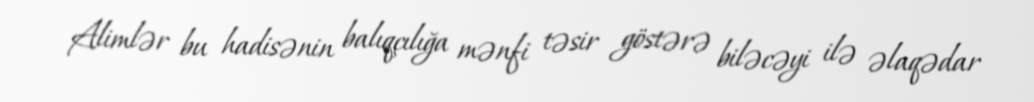
Alimlər bu hadisənin balıqçılığa mənfi təsir göstərə biləcəyi ilə əlaqədar